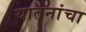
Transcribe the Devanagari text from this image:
यातनांचा